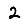
Digit: 2